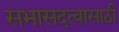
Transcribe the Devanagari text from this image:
सभासदत्वासाठी